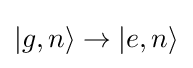
|g,n\rangle \rightarrow |e,n\rangle